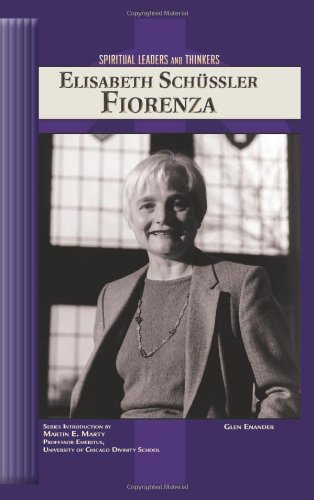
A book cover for Elisabeth Schussler Fiorenza (Spiritual Leaders and Thinkers); Glen Enander; Teen & Young Adult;